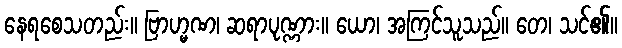
နေရစေသတည်း။ ဗြာဟ္မဏ၊ ဆရာပုဏ္ဏား။ ယော၊ အကြင်သူသည်။ တေ၊ သင်၏။